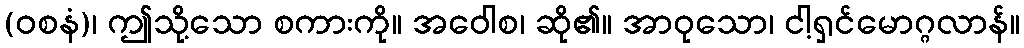
(ဝစနံ)၊ ဤသို့သော စကားကို။ အဝေါစ၊ ဆို၏။ အာဝုသော၊ ငါ့ရှင်မောဂ္ဂလာန်။